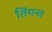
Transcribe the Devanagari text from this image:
तिंगन्त